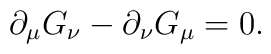
\partial_\mu G_\nu - \partial_\nu G_\mu = 0.